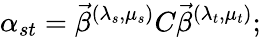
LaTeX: \alpha_{st}=\vec{\beta}^{(\lambda_{s},\mu_{s})}C\vec{\beta}^{(\lambda_{t},\mu_{t})};